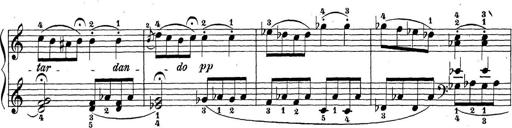
Title: Sonatina Album
Composer: Louis KÃ¶hler